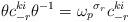
LaTeX: \begin{align*}\theta c_{-r}^{ki}\theta^{-1}={\omega_p}^{\sigma_r}c_{-r}^{ki}\end{align*}